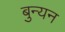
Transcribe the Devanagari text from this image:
बुन्यन